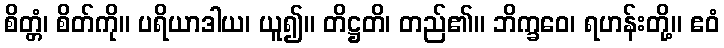
စိတ္တံ၊ စိတ်ကို။ ပရိယာဒါယ၊ ယူ၍။ တိဋ္ဌတိ၊ တည်၏။ ဘိက္ခဝေ၊ ရဟန်းတို့။ ဧဝံ